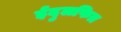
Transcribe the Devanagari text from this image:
ईदुलफित्र